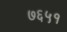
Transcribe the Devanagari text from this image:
७६५१